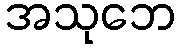
အသုဘေ